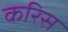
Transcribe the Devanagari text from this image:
करिस